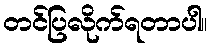
တင်ပြလိုက်ရတာပါ။